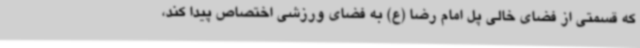
که قسمتی از فضای خالی پل امام رضا (ع) به فضای ورزشی اختصاص پیدا کند،